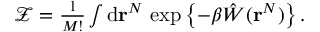
\begin{array} { r } { \mathcal { Z } = \frac { 1 } { M ! } \int \mathrm { d } \mathbf { r } ^ { N } \, \exp \left\{ - \beta \hat { W } ( \mathbf { r } ^ { N } ) \right\} . } \end{array}